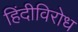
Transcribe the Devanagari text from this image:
हिंदीविरोध